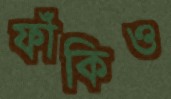
ফাঁকিও